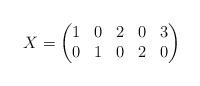
LaTeX: \begin{align*}X=\left(\begin{matrix}1 & 0 & 2 & 0 & 3 \\0 & 1 & 0 & 2 & 0 \end{matrix}\right)\end{align*}